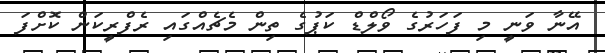
އޭނާ ވަނީ މި ފަހަރުގެ ވޯލްޑް ކަޕުގެ ތިން މެޗެއްގައި ރެފްރީކަން ކޮށްފަ